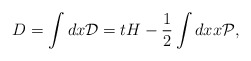
\begin{align*}D=\int dx {\cal D}=tH-{1\over 2}\int dx x \cal{P},\end{align*}